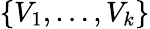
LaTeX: \{ V_{1},\ldots,V_{k}\}